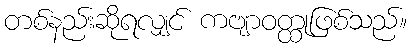
တစ်နည်းဆိုရလျှင် ကဗျာဝတ္ထုဖြစ်သည်။